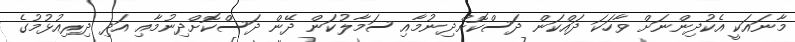
މާނައަކީ އެކުދިންނަށް ވާހަކަ ދައްކަން ދަސްކޮށްދިނުމާއި ސަމާލުކަން ދޭން ދަސްކޮށްދިނުމާއި އަދި ދިރިއުޅުމުގެ